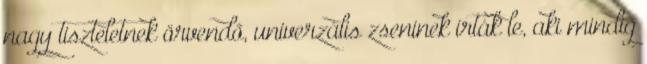
nagy tiszteletnek örvendő, univerzális zseninek írták le, aki mindig